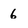
Character: 6